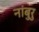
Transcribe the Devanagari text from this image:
नांबुरु